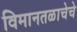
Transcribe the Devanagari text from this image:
विमानतळाचेचे